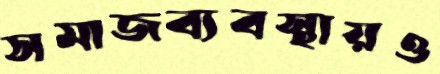
সমাজব্যবস্থায়ও